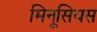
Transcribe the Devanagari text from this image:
मिनूसियस